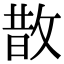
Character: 㪚